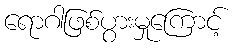
ရောဂါဖြစ်ပွားမှုကြောင့်